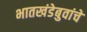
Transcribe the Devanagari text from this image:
भातखंडेबुवांचे